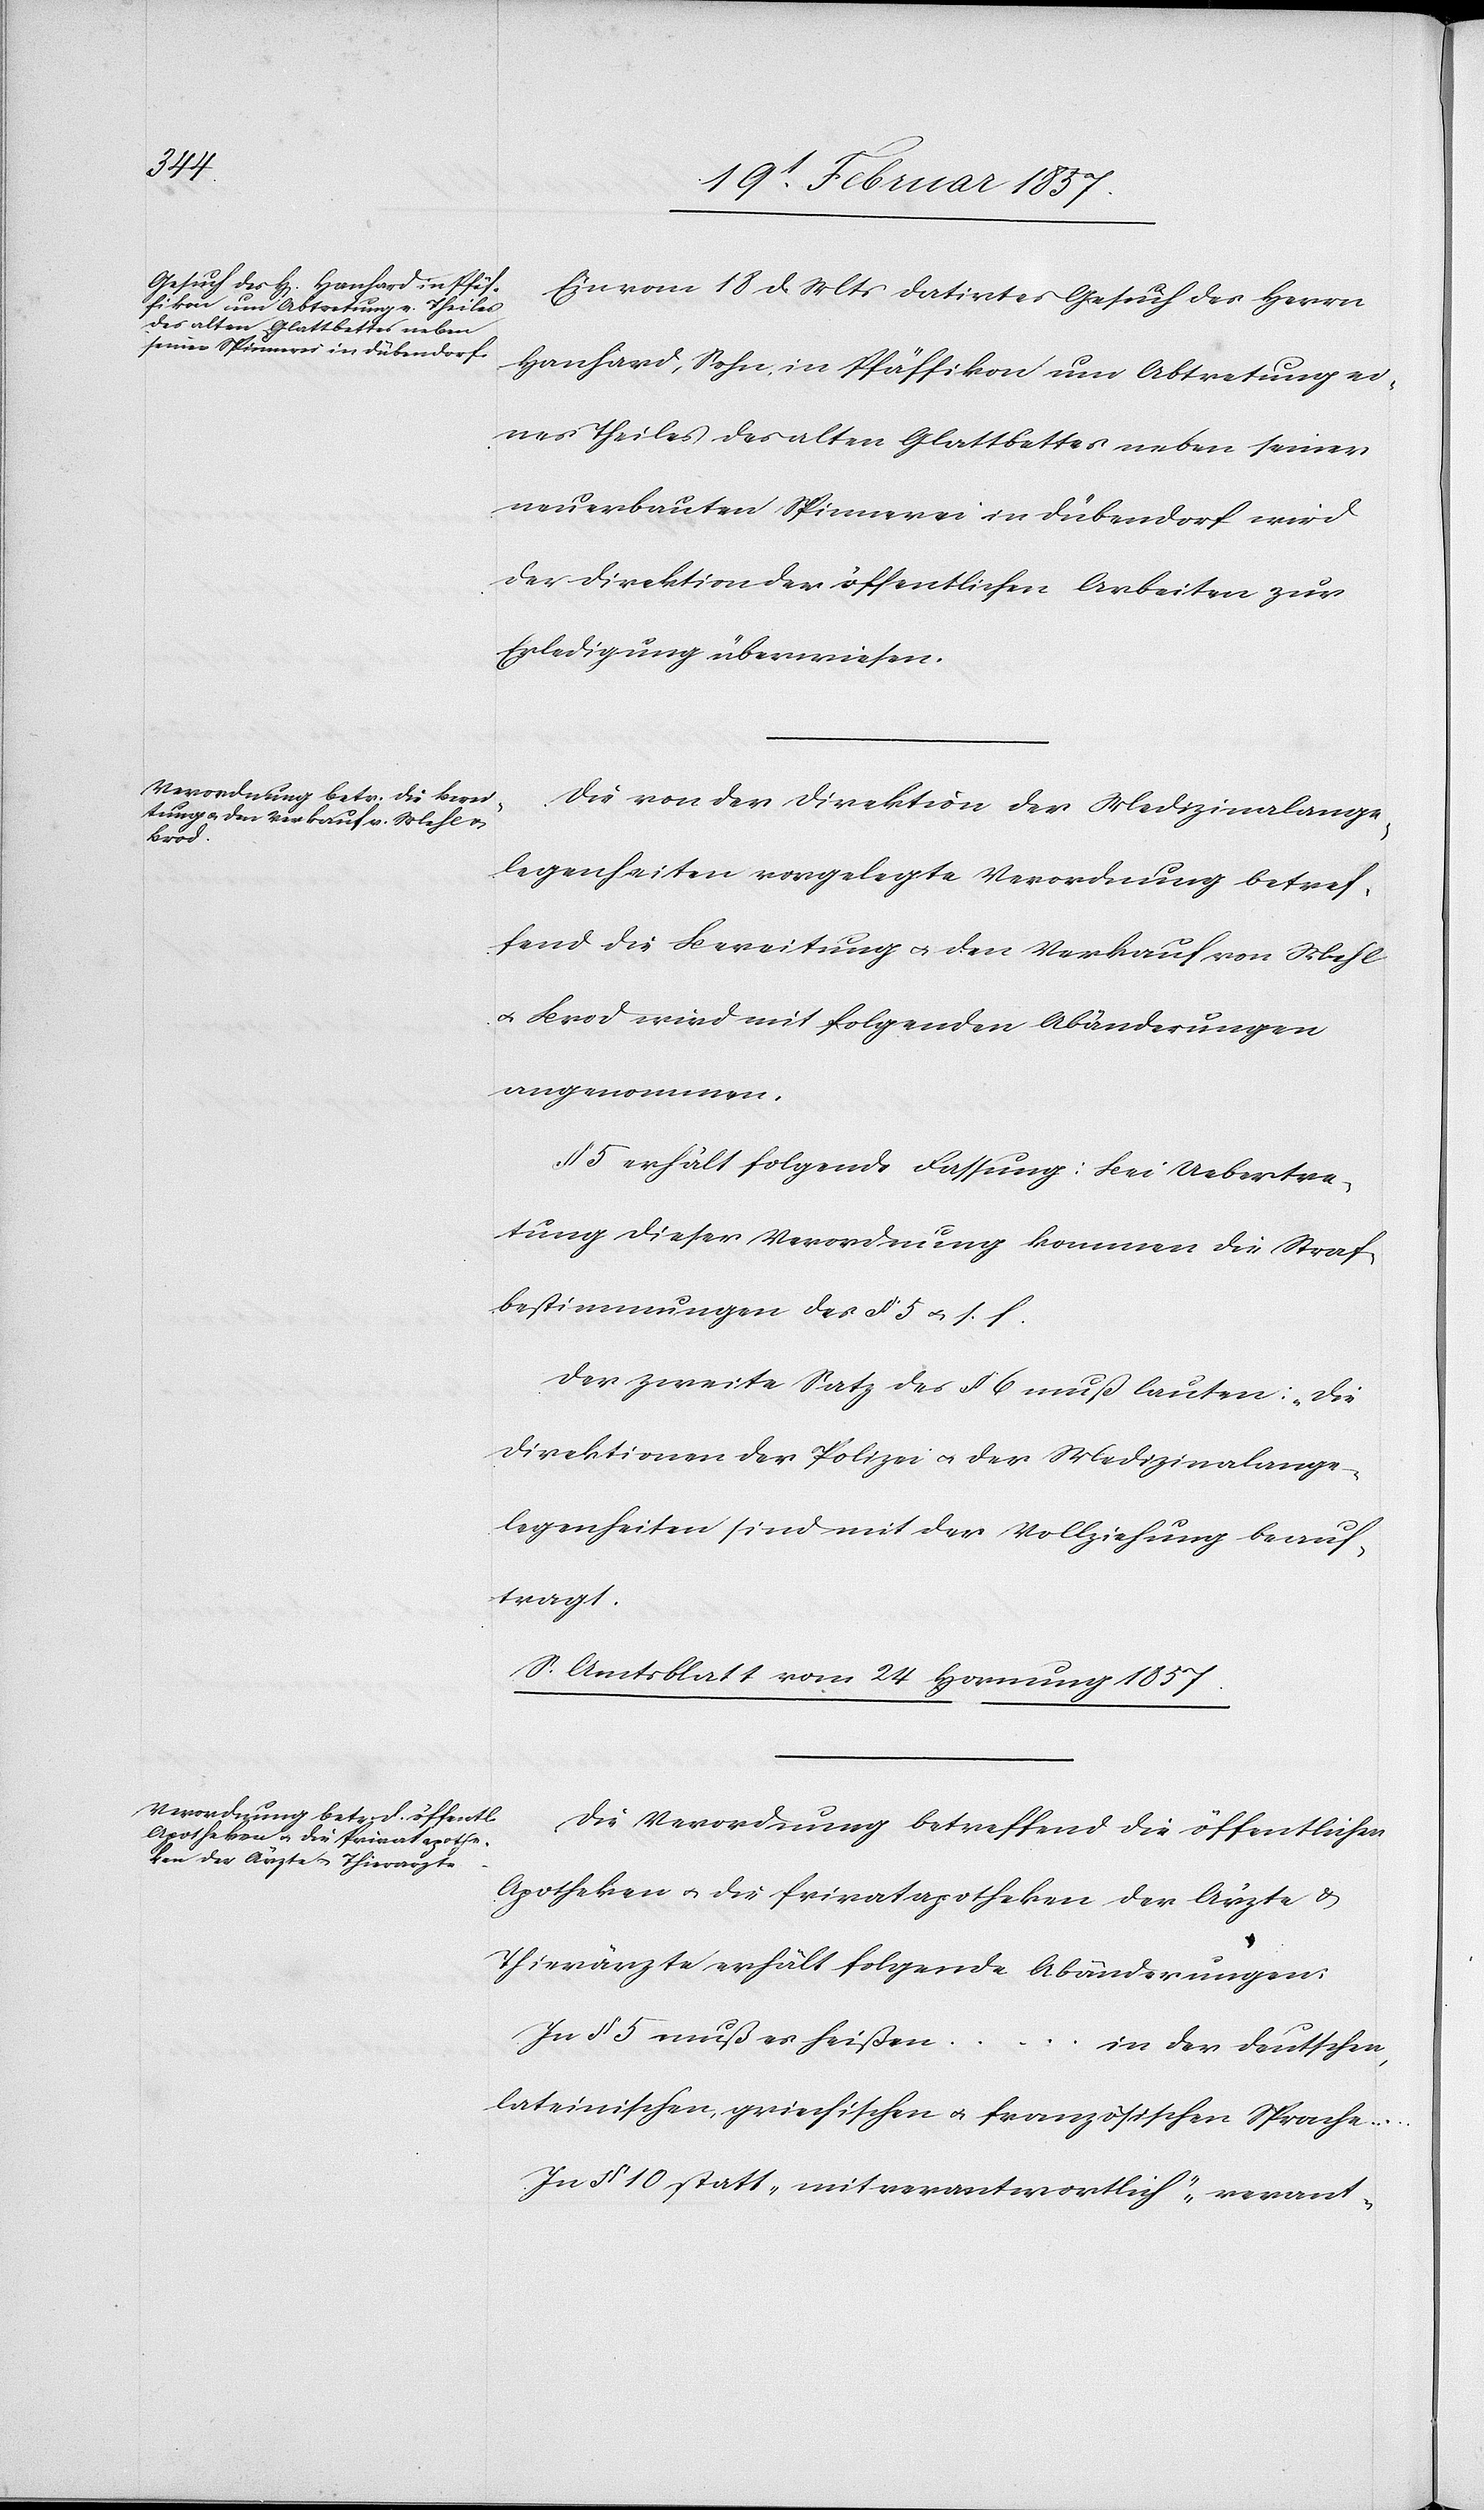
Ein vom 18 d. Mts datirtes Gesuch des Herrn
Hanhard, Sohn, in Pfäffikon um Abtretung ei¬
nes Theiles des alten Glattbettes neben seiner
neuerbauten Spinnerei in Dübendorf wird
der Direktion der öffentlichen Arbeiten zur
Erledigung überwiesen.
Die von der Direktion der Medizinalange¬
legenheiten vorgelegte Verordnung betref¬
fend die Bereitung u. den Verkauf von Mehl
u. Brod wird mit folgenden Abänderungen
angenommen.
§ 5 erhält folgende Fassung: Bei Uebertre¬
tung dieser Verordnung kommen die Straf¬
bestimmungen des § 5 u. s. f.
Der zweite Satz des § 6 muß lauten: „Die
Direktionen der Polizei u. der Medizinalange¬
legenheiten sind mit der Vollziehung beauf¬
tragt.
S. Amtsblatt vom 24 Hornung 1857.
Die Verordnung betreffend die öffentlichen
Apotheken u. die Privatapotheken der Ärzte u.
Thierärzte erhält folgende Abänderungen:
In § 5 muß es heißen … in der deutschen,
lateinischen, griechischen u. französischen Sprache …
In § 10 statt, „mit verantwortlich“ „verant-